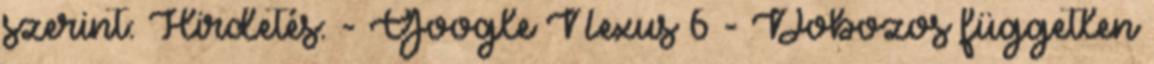
szerint: Hirdetés: - Google Nexus 6 - Dobozos független